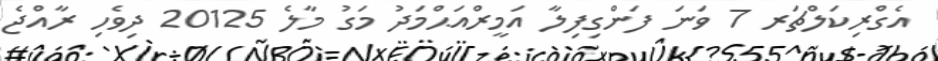
އެގްރިކަލްޗަރ 7 ވަނަ ފަންގިފިލާ އަމީރްއަޙްމަދު މަގު މާލެ 20125 ދިވެހި ރާއްޖެ